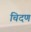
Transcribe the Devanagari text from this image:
चिदण